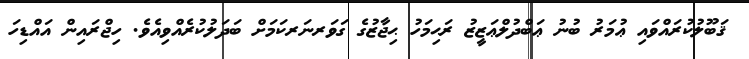
ޤަބޫލުކުރައްވައި ޢުމަރު ބުނު ޢަބްދުލްޢަޒީޒު ރަޙިމަހު ޙިޖާޒުގެ ގަވަރނަރކަމަށް ބަދަލުކުރެއްވިއެވެ. ހިޖްރައިން އައްޑިހަ